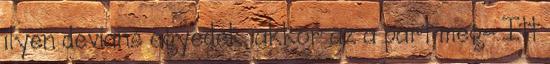
ilyen devians egyedek, akkor az a part meg- Itt